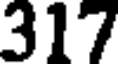
317